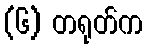
(၆) တရုတ်က